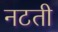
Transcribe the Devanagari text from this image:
नटती